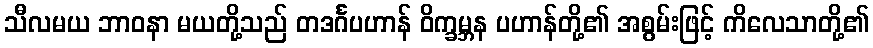
သီလမယ ဘာဝနာ မယတို့သည် တဒင်္ဂပဟာန် ဝိက္ခမ္ဘန ပဟာန်တို့၏ အစွမ်းဖြင့် ကိလေသာတို့၏